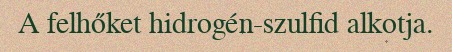
A felhőket hidrogén-szulfid alkotja.